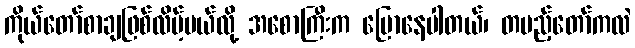
ကိုယ်တော်စာချဖြစ်လိမ့်မယ်လို့ အစောကြီးက ပြောနေပါတယ်၊ တပည့်တော်ကလဲ